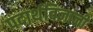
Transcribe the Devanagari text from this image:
पदार्थविज्ञानी